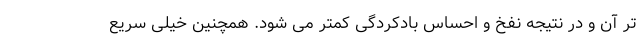
تر آن و در نتیجه نفخ و احساس بادکردگی کمتر می شود. همچنین خیلی سریع